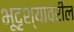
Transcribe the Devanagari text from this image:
भूदृश्यावरील